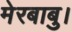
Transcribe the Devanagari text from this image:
मेरबाबु।